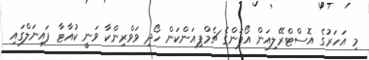
މި އަހަރުގެ އޮސްޓްރޭލިއަން އޯޕަންގެ ޗެމްޕިއަންކަން ހޯދި ވަވްރިންކާ ވަނީ ކުއާޓާ ފައިނަލްގައި